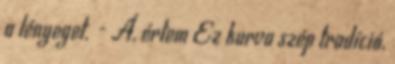
a lényeget. - Á, értem Ez kurva szép tradíció,